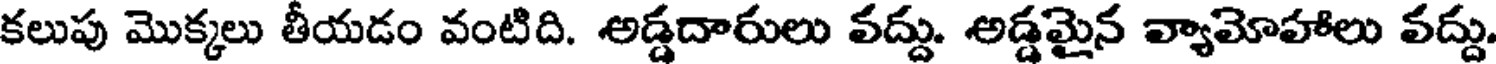
కలుపు మొక్కలు తీయడం వంటిది. అడ్డదారులు వద్దు. అడ్డమైన వ్యామోహాలు వద్దు